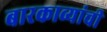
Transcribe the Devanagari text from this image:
बारकाव्यांची